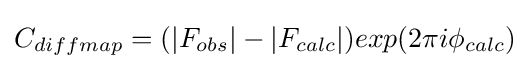
C_{diffmap}=(|F_{obs}|-|F_{calc}|)exp(2\pi i\phi _{calc})